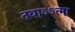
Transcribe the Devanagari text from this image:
तथाऽऽत्मा